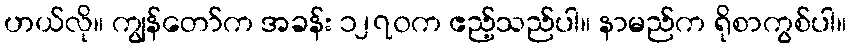
ဟယ်လို။ ကျွန်တော်က အခန်း ၁၂၇၀က ဧည့်သည်ပါ။ နာမည်က ရိုစာကွစ်ပါ။